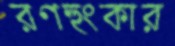
রণহুংকার